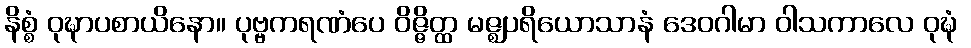
နိစ္စံ ဝုဍ္ဎာပစာယိနော။ ပုဗ္ဗကရဏံပေ ဝိဇ္ဇိတ္ထ မဇ္ဈပရိယောသာနံ ဒေဝဂါမာ ဝါသကာလေ ဝုဍ္ဎံ